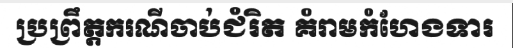
ប្រព្រឹត្តករណីចាប់ជំរិត គំរាមកំហែងទារ